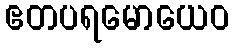
ဧတပရမောယေဝ